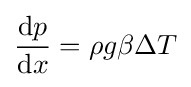
{\frac {\mathrm {d} p}{\mathrm {d} x}}=\rho g\beta \Delta T